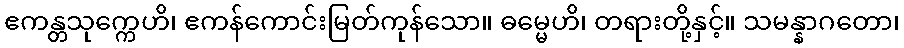
ဧကန္တသုက္ကေဟိ၊ ဧကန်ကောင်းမြတ်ကုန်သော။ ဓမ္မေဟိ၊ တရားတို့နှင့်။ သမန္နာဂတော၊